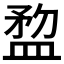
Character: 𥂂